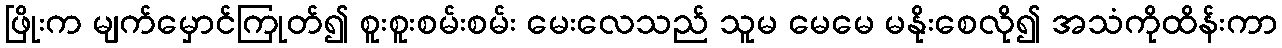
ဖြိုးက မျက်မှောင်ကြုတ်၍ စူးစူးစမ်းစမ်း မေးလေသည် သူမ မေမေ မနိုးစေလို၍ အသံကိုထိန်းကာ